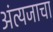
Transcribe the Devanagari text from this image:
अंत्यजाचा